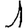
Digit: 1